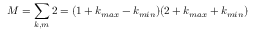
M = \sum _ { k , m } 2 = ( 1 + k _ { m a x } - k _ { m i n } ) ( 2 + k _ { m a x } + k _ { m i n } )